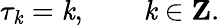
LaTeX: \tau_{\mathit{k}}=\mathit{k},\qquad\mathit{k}\in{\mathbf{Z}}.